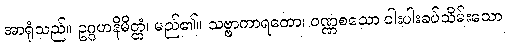
အာရုံသည်။ ဥဂ္ဂဟနိမိတ္တံ၊ မည်၏။ သဗ္ဗာကာရတော၊ ဝဏ္ဏစသော ငါးပါးခပ်သိမ်းသော